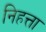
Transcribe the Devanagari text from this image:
निहत्ता